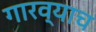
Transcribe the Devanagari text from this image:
गारव्याच